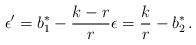
LaTeX: \begin{align*}\epsilon' = b_1^* -\frac{k-r}{r} \epsilon = \frac{k}{r} -b_2^*\,. \end{align*}